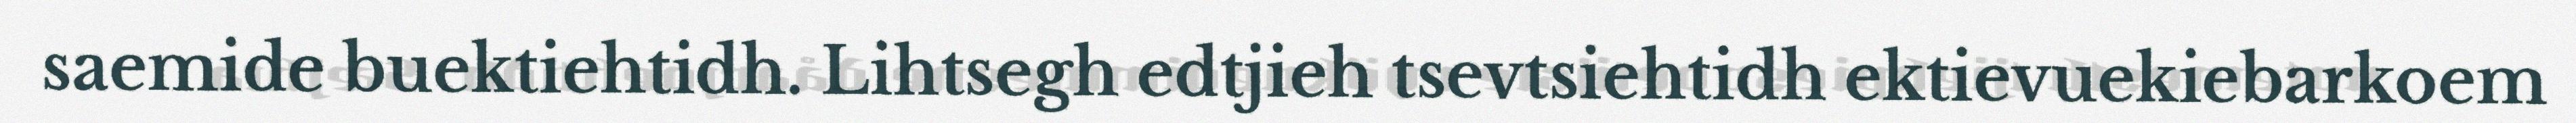
saemide buektiehtidh. Lihtsegh edtjieh tsevtsiehtidh ektievuekiebarkoem